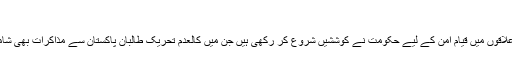
"
قبائلی علاقوں میں قیام امن کے لیے حکومت نے کوششیں شروع کر رکھی ہیں جن میں کالعدم تحریک طالبان پاکستان سے مذاکرات بھی شامل ہے۔